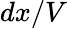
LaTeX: dx/V